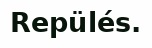
Repülés.